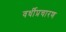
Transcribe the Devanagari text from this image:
वर्धीप्रचारण